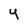
Character: y